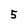
Character: 5